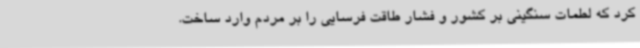
کرد که لطمات سنگینی بر کشور و فشار طاقت فرسایی را بر مردم وارد ساخت.